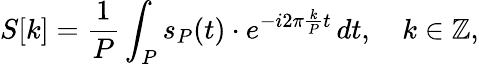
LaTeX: S[k]={\frac{1}{P}}\int_{P}s_{P}(t)\cdot e^{-i2\pi{\frac{k}{P}}t}\, dt,\quad k\in\mathbb{Z},